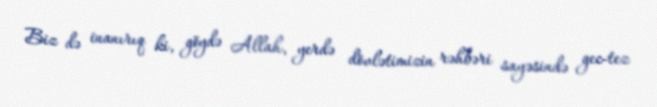
Biz də inanırıq ki, göydə Allah, yerdə dövlətimizin rəhbəri sayəsində gec-tez